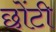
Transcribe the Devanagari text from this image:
छोंटी